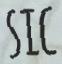
SIC